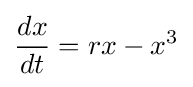
{\frac {dx}{dt}}=rx-x^{3}